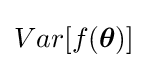
Var[f({\boldsymbol {\theta }})]